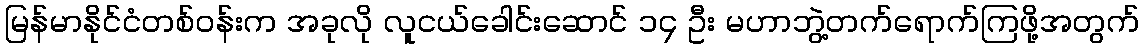
မြန်မာနိုင်ငံတစ်ဝန်းက အခုလို လူငယ်ခေါင်းဆောင် ၁၄ ဦး မဟာဘွဲ့တက်ရောက်ကြဖို့အတွက်